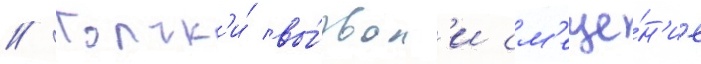
// Толчк'и́ вы́звал'и см'еще́н'ие